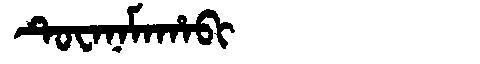
Manchu: ᡨᡠᠸᠠᠨᠠᠮᠠᡥᠠᠪᡳ
Romanization: TUWANAMAHABI